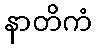
နာတိကံ